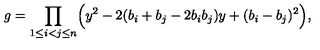
g = \prod _ { 1 \leq i < j \leq n } \Bigl ( y ^ { 2 } - 2 ( b _ { i } + b _ { j } - 2 b _ { i } b _ { j } ) y + ( b _ { i } - b _ { j } ) ^ { 2 } \Bigr ) ,